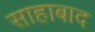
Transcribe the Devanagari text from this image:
साहाबाद